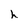
Character: h